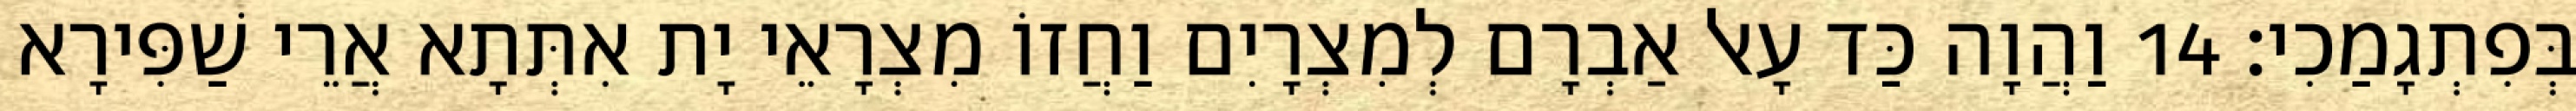
בְּפִתְגָמַכִי׃ 14 וַהֲוָה כַּד עָאל אַבְרָם לְמִצְרָיִם וַחֲזוֹ מִצְרָאֵי יָת אִתְּתָא אֲרֵי שַׁפִּירָא